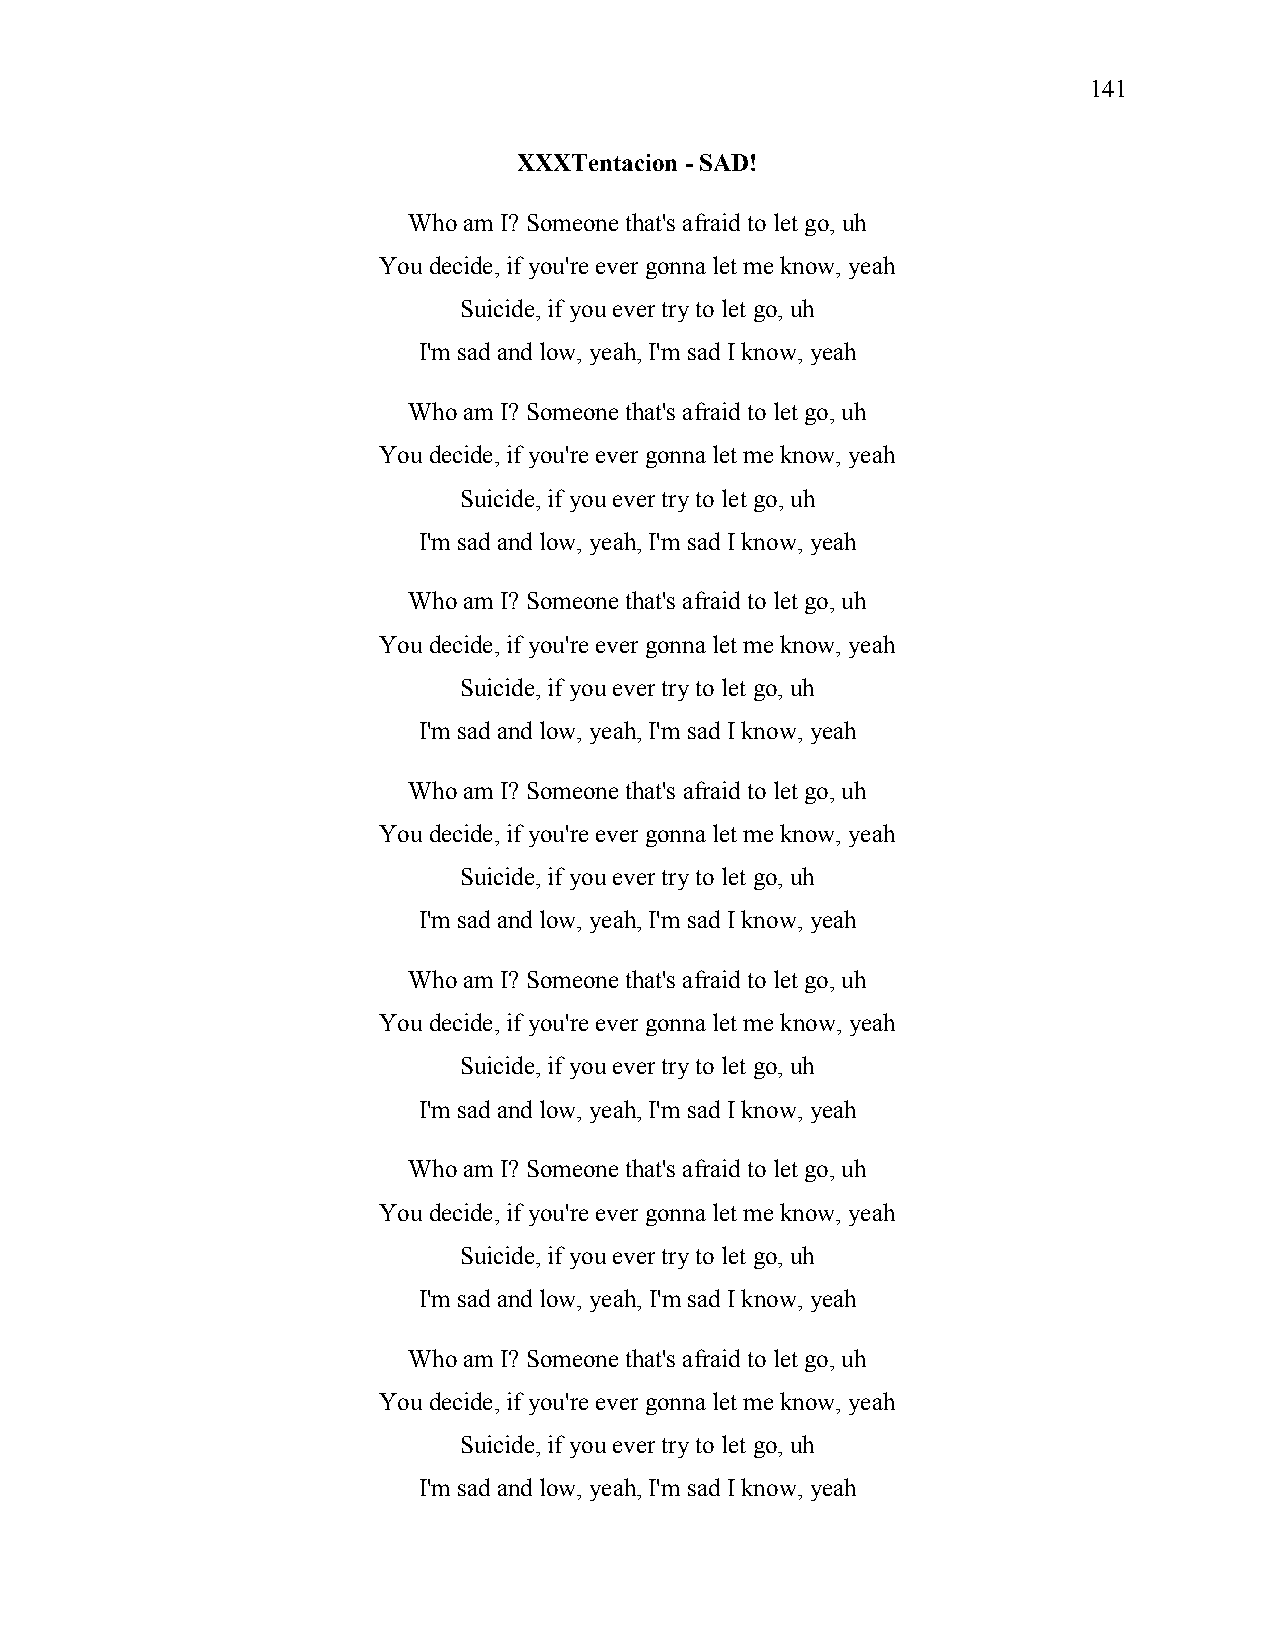
141
 XXXTentacion - SAD!
 Who am I? Someone that's afraid to let go, uh
 You decide, if you're ever gonna let me know, yeah
 Suicide, if you ever try to let go, uh
 I'm sad and low, yeah, I'm sad I know, yeah
 Who am I? Someone that's afraid to let go, uh
 You decide, if you're ever gonna let me know, yeah
 Suicide, if you ever try to let go, uh
 I'm sad and low, yeah, I'm sad I know, yeah
 Who am I? Someone that's afraid to let go, uh
 You decide, if you're ever gonna let me know, yeah
 Suicide, if you ever try to let go, uh
 I'm sad and low, yeah, I'm sad I know, yeah
 Who am I? Someone that's afraid to let go, uh
 You decide, if you're ever gonna let me know, yeah
 Suicide, if you ever try to let go, uh
 I'm sad and low, yeah, I'm sad I know, yeah
 Who am I? Someone that's afraid to let go, uh
 You decide, if you're ever gonna let me know, yeah
 Suicide, if you ever try to let go, uh
 I'm sad and low, yeah, I'm sad I know, yeah
 Who am I? Someone that's afraid to let go, uh
 You decide, if you're ever gonna let me know, yeah
 Suicide, if you ever try to let go, uh
 I'm sad and low, yeah, I'm sad I know, yeah
 Who am I? Someone that's afraid to let go, uh
 You decide, if you're ever gonna let me know, yeah
 Suicide, if you ever try to let go, uh
 I'm sad and low, yeah, I'm sad I know, yeah